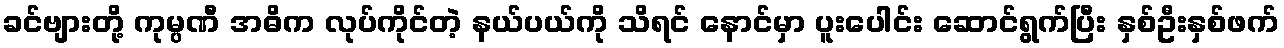
ခင်ဗျားတို့ ကုမ္ပဏီ အဓိက လုပ်ကိုင်တဲ့ နယ်ပယ်ကို သိရင် နောင်မှာ ပူးပေါင်း ဆောင်ရွက်ပြီး နှစ်ဦးနှစ်ဖက်